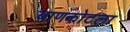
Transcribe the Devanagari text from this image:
बाणकोटला